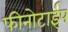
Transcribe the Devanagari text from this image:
फीनोटाईप